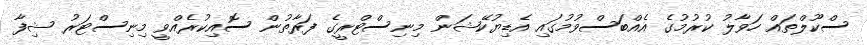
ސްކޫލްތައް ހަވާލު ކުރުމުގެ އެއްބަސްވުމުގައި އެޑިޔުކޭޝަން މިނިސްޓްރީގެ ފަރާތުން ސޮއިކުރެއްވީ މިނިސްޓަރު ޝިފާ